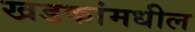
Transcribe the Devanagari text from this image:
खडकांमधील